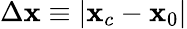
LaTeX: \Delta\mathbf{x}\equiv|\mathbf{x}_{c}-\mathbf{x}_{0}|